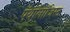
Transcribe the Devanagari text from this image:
पॅथॉलॉजिस्ट